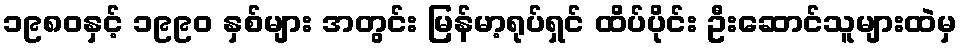
၁၉၈၀နှင့် ၁၉၉၀ နှစ်များ အတွင်း မြန်မာ့ရုပ်ရှင် ထိပ်ပိုင်း ဦးဆောင်သူများထဲမှ